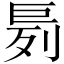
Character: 𪩤